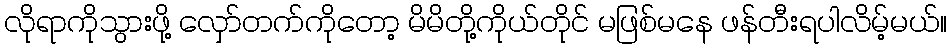
လိုရာကိုသွားဖို့ လှော်တက်ကိုတော့ မိမိတို့ကိုယ်တိုင် မဖြစ်မနေ ဖန်တီးရပါလိမ့်မယ်။